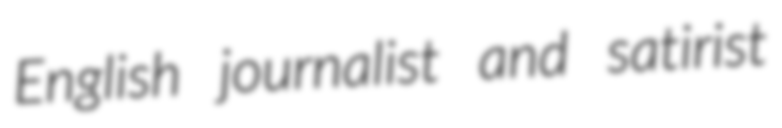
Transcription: English journalist and satirist